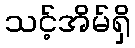
သင့်အိမ်ရှိ